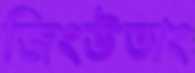
জিংউতাং